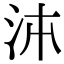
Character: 𭰉